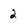
Character: 2